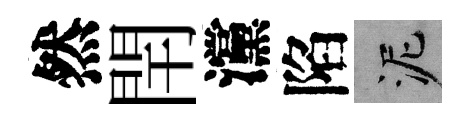
然閈灙陷泥